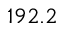
1 9 2 . 2